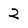
Character: 2